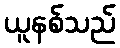
ယူနစ်သည်